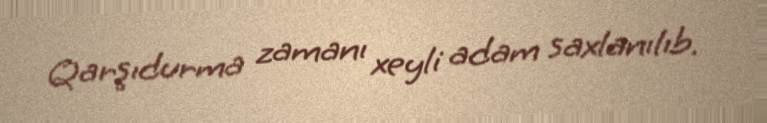
Qarşıdurma zamanı xeyli adam saxlanılıb.